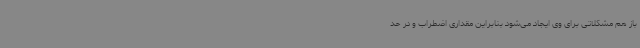
باز هم مشکلاتی برای وی ایجاد می‌شود بنابراین مقداری اضطراب و در حد